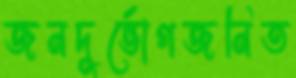
জনদুর্ভোগজনিত